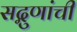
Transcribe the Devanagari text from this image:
सद्गुणांची